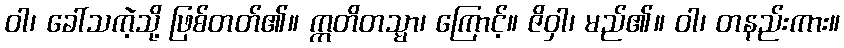
ဝါ၊ ခေါ်သကဲ့သို့ ဖြစ်တတ်၏။ ဣတိတသ္မာ၊ ကြောင့်။ ဇိဝှါ၊ မည်၏။ ဝါ၊ တနည်းကား။